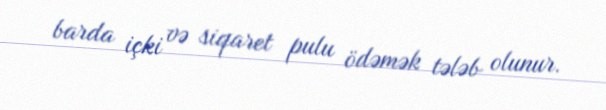
barda içki və siqaret pulu ödəmək tələb olunur.